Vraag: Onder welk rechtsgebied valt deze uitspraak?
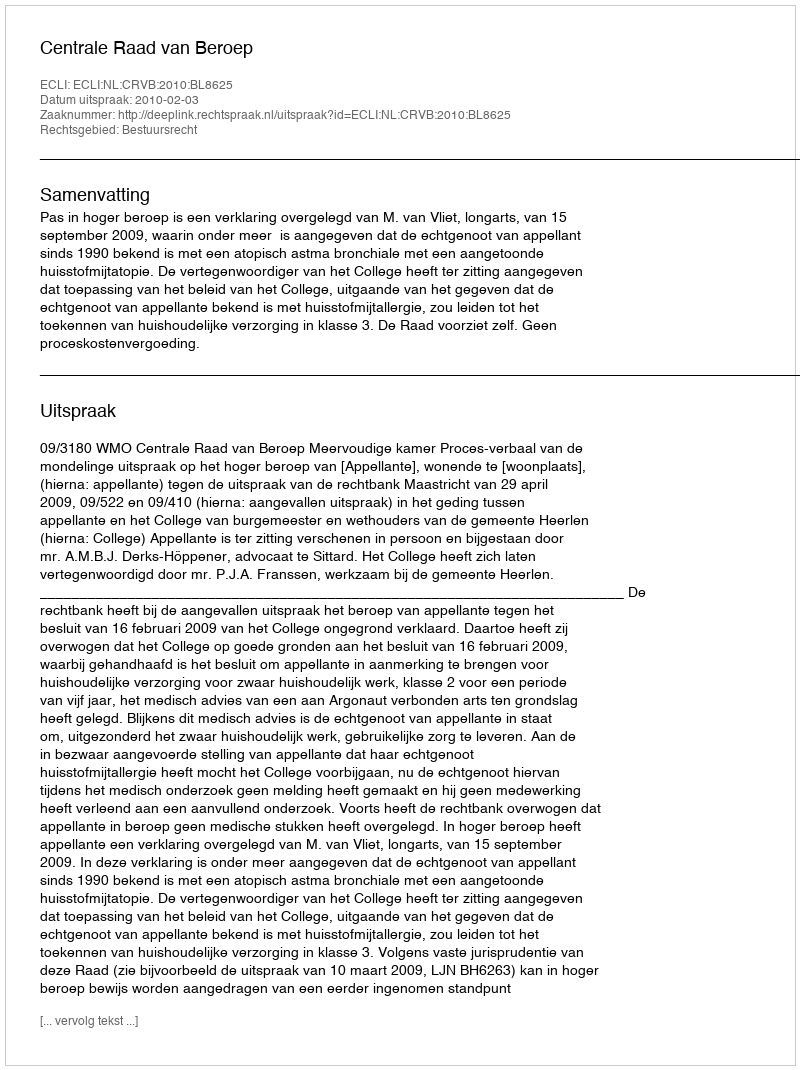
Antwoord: Bestuursrecht